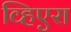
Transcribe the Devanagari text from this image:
व्हिएरा